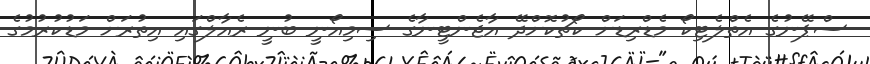
ސްޕޭނުގެ އެތްލެޓިކޯ މެޑްރިޑަށް ކޯޗުކޮށްދޭ އާޖެންޓީނާގެ ސިމިއޯނީ ބުނީ ރެއާލްގައި އިތުރަށް މަޑުކުރުމުގެ